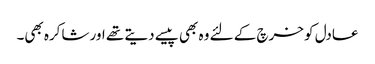
عادل کو خرچ کے لئے وہ بھی پیسے دیتے تھے اور شاکرہ بھی۔